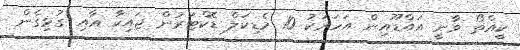
ކީއްތޯ ވާނީ އައްޑޫއިން އަހަރަކު 10 މެޑިކަލް ޑޮކްޓަރުން ޖައިކާ އާއި ގުޅިގެން